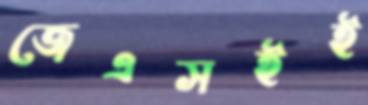
জেএসইই